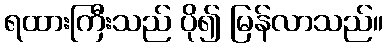
ရထားကြီးသည် ပို၍ မြန်လာသည်။